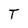
Character: T